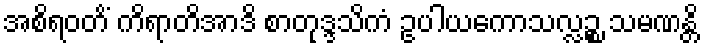
အစိရဝတိံ ကိရာတိအာဒိ စာတုဒ္ဒသိကံ ဥပါယကောသလ္လဉ္စ သမဏန္တိ